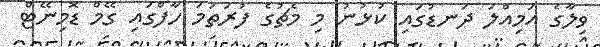
ވިލާގެ އަމިއްލަ ދަނޑުގައި ކުޅުނު މި މެޗުގެ ފުރަތަމަ ހާފްގައި ގޭމް ޑޮމިނޭޓް